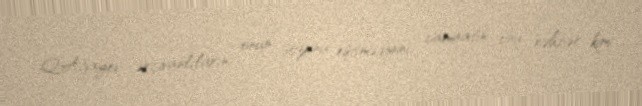
Q.Ağayev ərçivanlıların onun sözünü eşitmədiyini, camaatın onu rəhbər kimi